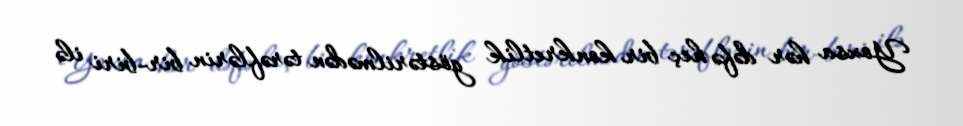
Yoxsa hər dəfə heç bir konkretlik göstərilmədən tərəflərin bir-biri ilə